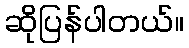
ဆိုပြန်ပါတယ်။